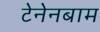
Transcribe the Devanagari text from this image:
टेनेनबाम